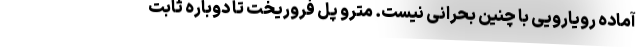
آماده رویارویی با چنین بحرانی نیست. مترو پل فروریخت تا دوباره ثابت